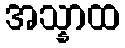
အသ္နာထ